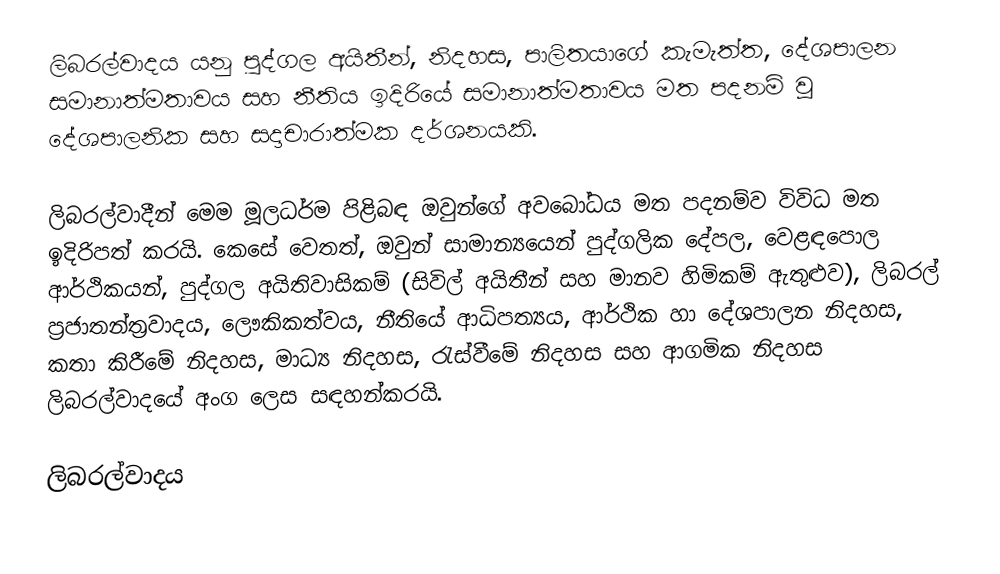
ලිබරල්වාදය යනු පුද්ගල අයිතීන්, නිදහස, පාලිතයාගේ කැමැත්ත, දේශපාලන සමානාත්මතාවය සහ නීතිය ඉදිරියේ සමානාත්මතාවය මත පදනම් වූ දේශපාලනික සහ සදාචාරාත්මක දර්ශනයකි.

ලිබරල්වාදීන් මෙම මූලධර්ම පිළිබඳ ඔවුන්ගේ අවබෝධය මත පදනම්ව විවිධ මත ඉදිරිපත් කරයි. කෙසේ වෙතත්, ඔවුන් සාමාන්‍යයෙන් පුද්ගලික දේපල, වෙළඳපොල ආර්ථිකයන්, පුද්ගල අයිතිවාසිකම් (සිවිල් අයිතීන් සහ මානව හිමිකම් ඇතුළුව), ලිබරල් ප්‍රජාතන්ත්‍රවාදය, ලෞකිකත්වය, නීතියේ ආධිපත්‍යය, ආර්ථික හා දේශපාලන නිදහස, කතා කිරීමේ නිදහස, මාධ්‍ය නිදහස, රැස්වීමේ නිදහස සහ ආගමික නිදහස ලිබරල්වාදයේ අංග ලෙස සඳහන්කරයි.

ලිබරල්වාදය